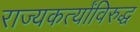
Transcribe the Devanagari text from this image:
राज्यकर्त्यांविरुद्ध